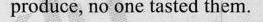
produce, no onc tasted them.